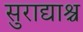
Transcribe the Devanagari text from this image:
सुराद्याश्च